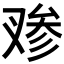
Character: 𰇁